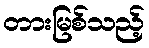
တားမြစ်သည့်